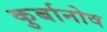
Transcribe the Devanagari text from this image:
कुर्बानोव